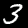
Digit: 3